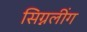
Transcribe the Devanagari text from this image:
सिग्नलींग